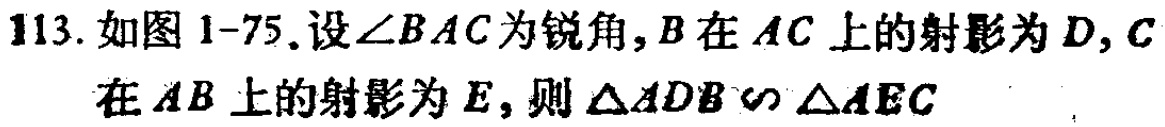
113. 如图 1-75. 设\(\angle BAC\)为锐角，\(B\)在\(AC\)上的射影为\(D\)，\(C\)在\(AB\)上的射影为\(E\)，则\(\triangle ADB\sim\triangle AEC\)